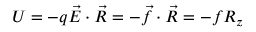
U = - q { \vec { E } } \cdot { \vec { R } } = - { \vec { f } } \cdot { \vec { R } } = - f R _ { z }